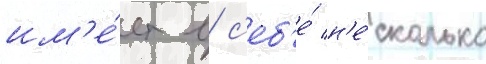
им'е́ет в с'еб'е́ н'е́сколько